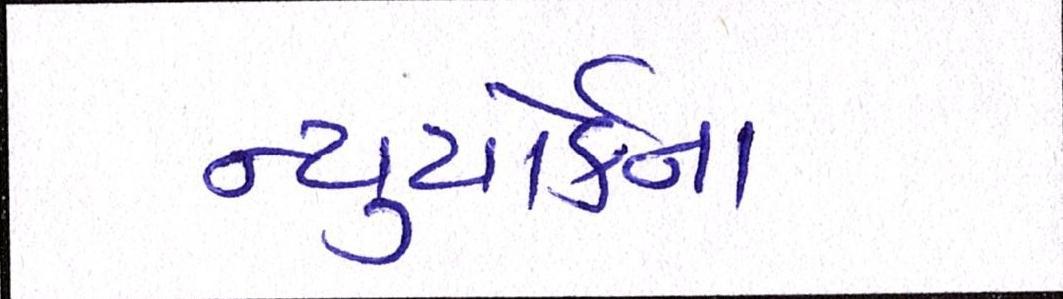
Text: ન્યુયોર્કના